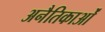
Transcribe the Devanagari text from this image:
अनैतिकाओं